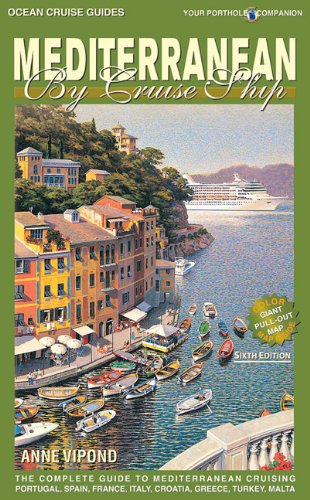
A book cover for Mediterranean by Cruise Ship: The Complete Guide to Mediterranean Cruising; Anne Vipond; Travel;